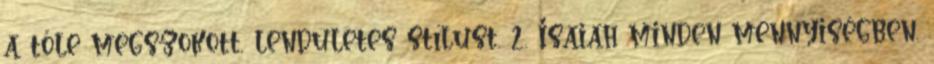
a tőle megszokott, lendületes stílust. 2. Isaiah minden mennyiségben.